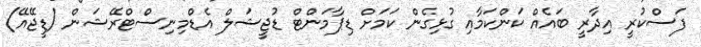
ފަސްކުރީ އިދާރީ ބައެއް ކަންކަމާއި ގުޅިގެން ކަމަށް ޑިޕާމަންޓް ޑުޖީޝަލް އެޑްމިނިސްޓްރޭޝަން (ޑީޖޭއޭ)